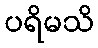
ပရိမသိ